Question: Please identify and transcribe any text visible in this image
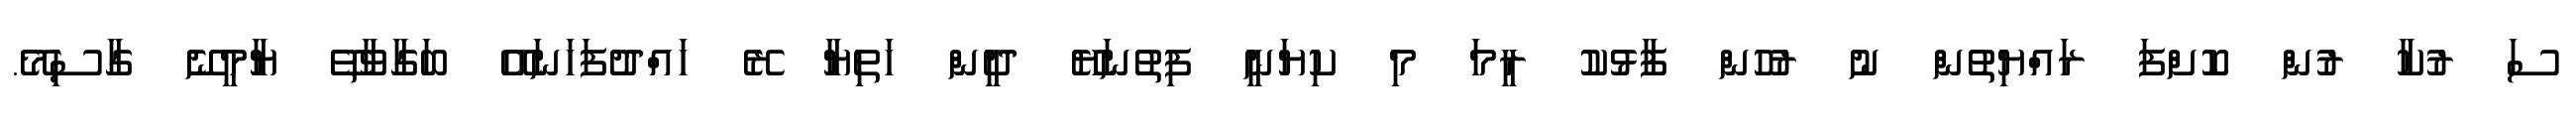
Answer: ސަ ރުކާ ރުން ކޮށްފަ ރައްޔިތުން ނު ރުހުން ފާޅުކު ރީމަ މި ކިޔަނީ ފިތުނަޔޭ ދީން ހަތިޔާ ރޭ ހައްދުފަހަނައޭ ބަގާވާތޭ ޔާމީނޭ ގާސިމޭ.